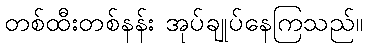
တစ်ထီးတစ်နန်း အုပ်ချုပ်နေကြသည်။